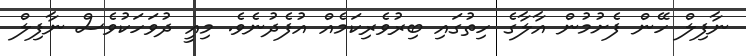
ނާފިލް ހޭން ފެށުމުން އާލާގެ ހިތުގައި ބިރުވެރިކަމެއް އުފެދުނެވެ. މިއީ ދުވަހަކުވެސް ނާފިލް